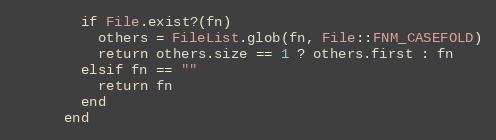
Language: Ruby
        if File.exist?(fn)
          others = FileList.glob(fn, File::FNM_CASEFOLD)
          return others.size == 1 ? others.first : fn
        elsif fn == ""
          return fn
        end
      end